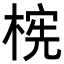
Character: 𬃫